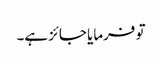
تو فرمایا جائز ہے۔